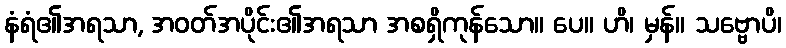
နံရံ၏အရသာ, အဝတ်အပိုင်း၏အရသာ အစရှိကုန်သော။ ပေ။ ဟိ၊ မှန်။ သဗ္ဗောပိ၊